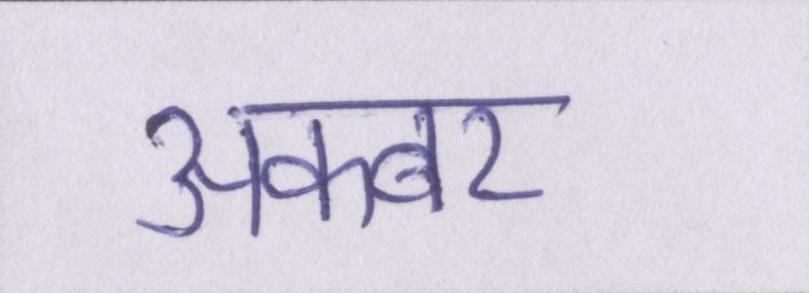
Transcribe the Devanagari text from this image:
अकबर